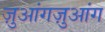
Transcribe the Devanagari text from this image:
ज़ुआंगज़ुआंग